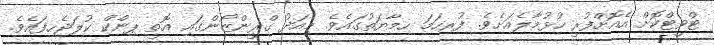
ޓްވީޓްކޮށް އެއޮށްފުރީ ހުޅުމާލެއަށެވެ. ފުރިހަމަ ހިމާޔަތުގައެވެ. މިއަދު ގްރީންޒޯންގައި އޮތީ ޕިންކް ކުލަޖެހިފައެވެ.